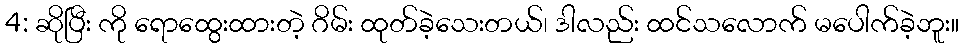
4: ဆိုပြီး ကို ရောထွေးထားတဲ့ ဂိမ်း ထုတ်ခဲ့သေးတယ်၊ ဒါလည်း ထင်သလောက် မပေါက်ခဲ့ဘူး။